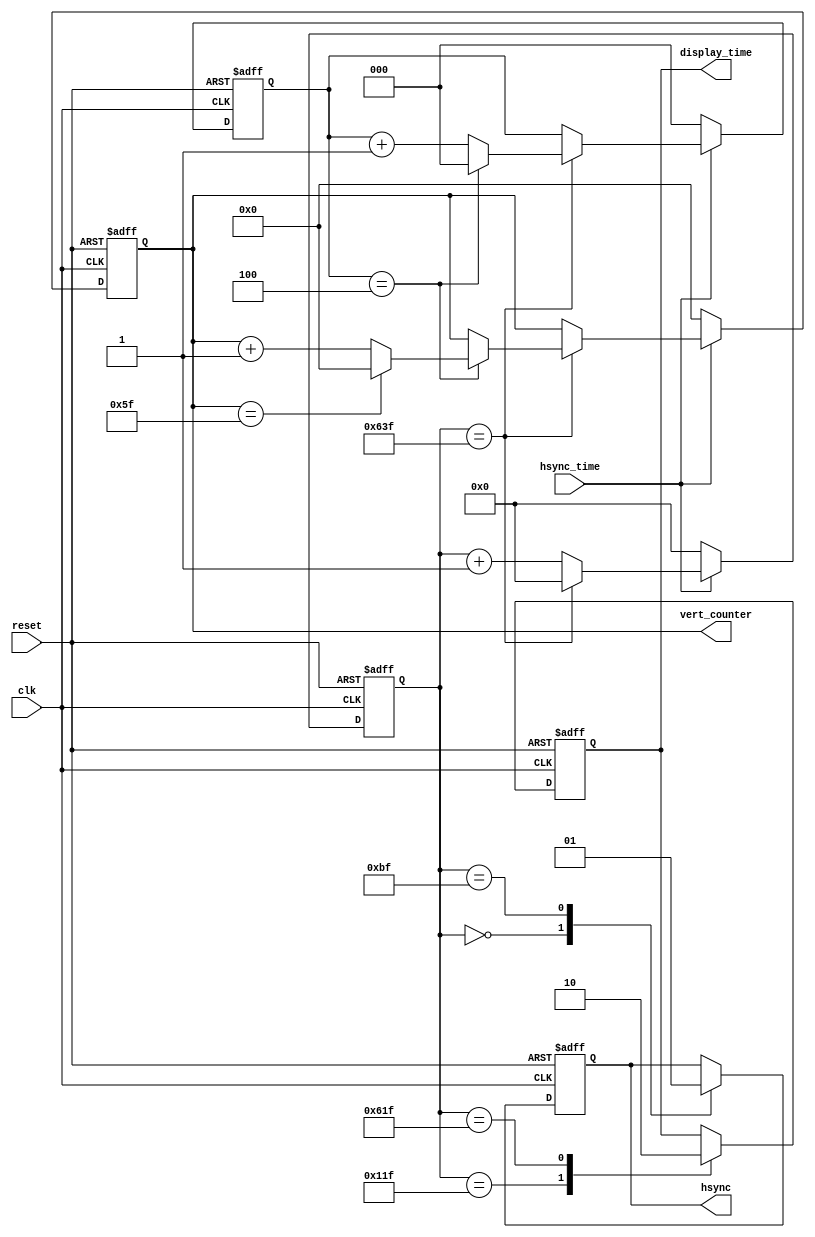
/* Axelou Olympia
 * oaxelou@uth.gr
 * 2161
 *
 * ce430
 * Project3: VGA Controller
 *
 * Part C: VSYNC Implementation + Vertical Pixel Counter (altered from partB)
 *
 *
 * hsynchronizer: Calculates based on the timings of VGA protocol the hsync and
 *                display_time period.
 *
 * input : reset, clk
 * output: hsync, display_time
 *
 * Implementation:
 *   -> 2 always block (sequential). I use 2 counters for the pixel counter:
 *      > 1st. increments the hsync_counter (which calculates the hsync period)
 *      > 2nd. chooses when to change the value of hsync and display_time based
 *             on the counter of the 1st always block
 *
 *  What differs from partB is that when the hsync_counter reaches the max value,
 *  the 2 new counters increment (vert_counter and vert_multiplier) in order to
 *  control when to pass to the next line of the image.
 */

module hsynchronizer(reset, clk, hsync_time, hsync, display_time, vert_counter);
input reset, clk, hsync_time;
output hsync, display_time;
output [6:0] vert_counter;

reg [10:0] hsync_counter;
reg [6:0] vert_counter;
reg [2:0] vert_multiplier;

reg display_time, hsync;

always @ (posedge clk or posedge reset)
begin
  if(reset)
  begin
    hsync_counter = 11'b000_0000_0000;
    vert_counter = 7'b000_0000;
    vert_multiplier = 3'b000;
  end
  else if(hsync_time)
    case (hsync_counter)
      11'b110_0011_1111:                           // decimal: 1600 - 1
      begin
        hsync_counter = 11'b000_0000_0000;
        case(vert_multiplier)
          3'b100:
          begin
            vert_multiplier = 3'b000;
            case(vert_counter)
              7'b101_1111: vert_counter = 'b0;   // decimal: 95
              default: vert_counter = vert_counter + 1;
            endcase
          end
          default: vert_multiplier = vert_multiplier + 1;
        endcase
      end
      default: hsync_counter = hsync_counter + 1;
    endcase
  else if(!hsync_time)   // initializations for the next line of the image
  begin
    hsync_counter = 11'b000_0000_0000;
    vert_counter = 7'b000_0000;
    vert_multiplier = 3'b000;
  end
end

always @ (posedge clk or posedge reset)
begin
	if(reset)
  begin
		hsync = 1'b1;
    display_time = 1'b0;
	end
  else
			case(hsync_counter)
				11'b000_0000_0000: hsync = 1'b0;
				11'b000_1011_1111: hsync = 1'b1;        // decimal:  192 - 1
  			11'b001_0001_1111: display_time = 1'b1; // decimal:  288 - 1
  			11'b110_0001_1111: display_time = 1'b0; // decimal: 1568 - 1
			endcase
end

endmodule